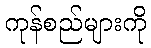
ကုန်စည်များကို